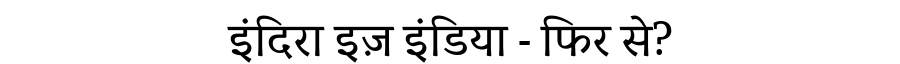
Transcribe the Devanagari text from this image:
इंदिरा इज़ इंडिया - फिर से?